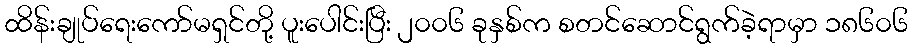
ထိန်းချုပ်ရေးကော်မရှင်တို့ ပူးပေါင်းပြီး ၂၀၀၆ ခုနှစ်က စတင်ဆောင်ရွက်ခဲ့ရာမှာ ၁၈၆၀၆